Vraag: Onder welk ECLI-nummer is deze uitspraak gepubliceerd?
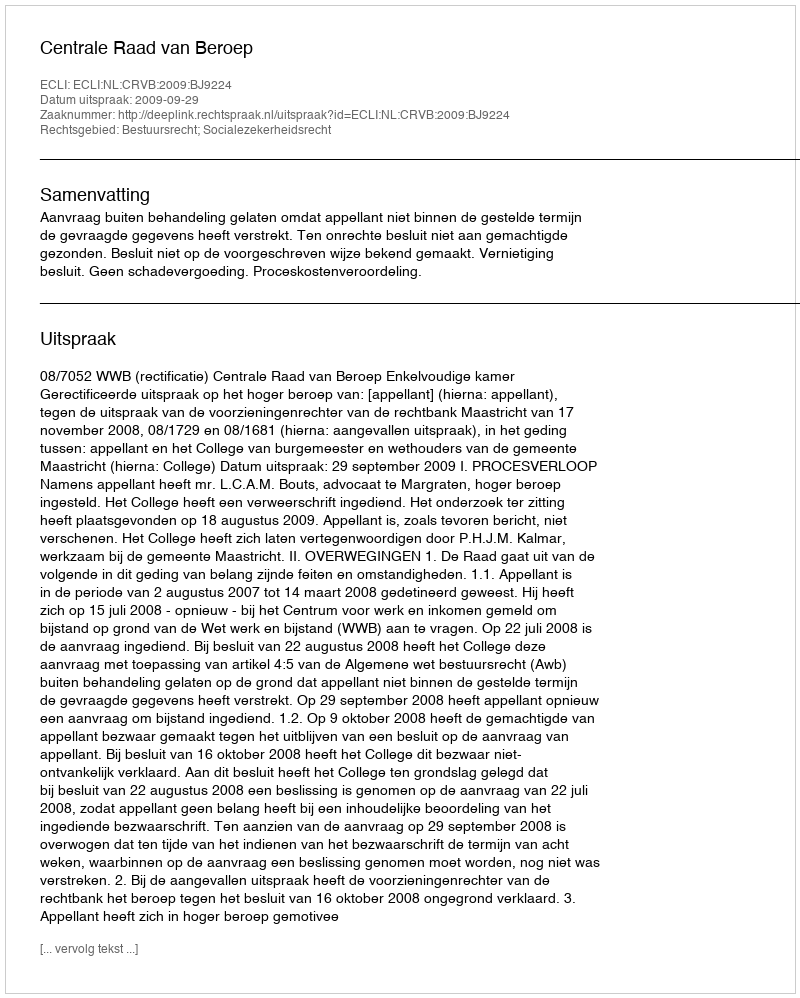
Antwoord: ECLI:NL:CRVB:2009:BJ9224